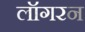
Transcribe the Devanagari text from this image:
लॉगरन